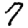
Digit: 7